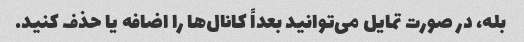
بله، در صورت تمایل می‌توانید بعداً کانال‌ها را اضافه یا حذف کنید.